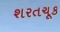
શરતચૂક